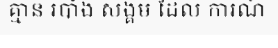
គ្មាន របាំង សង្គម ដែល ការណ៍